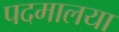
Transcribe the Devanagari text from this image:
पदमालया